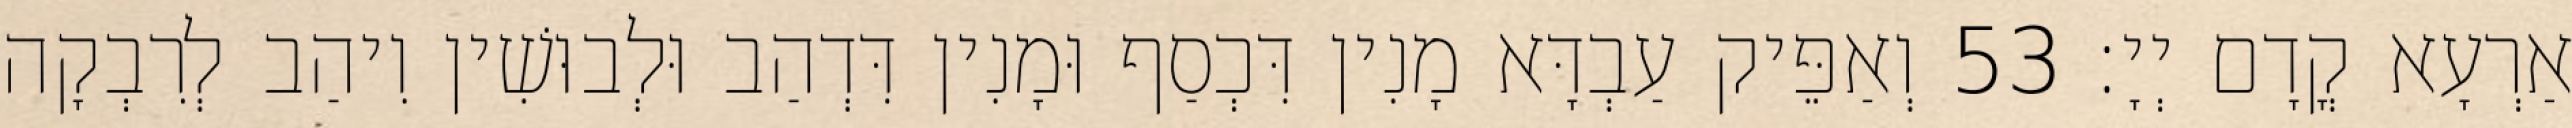
אַרְעָא קֳדָם יְיָ׃ 53 וְאַפֵּיק עַבְדָּא מָנִין דִּכְסַף וּמָנִין דִּדְהַב וּלְבוּשִׁין וִיהַב לְרִבְקָה